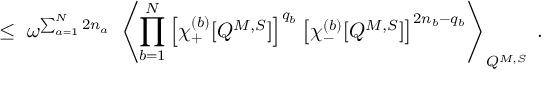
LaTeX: \leq \; \omega ^ { \sum _ { a = 1 } ^ { N } 2 n _ { a } } \; \left\langle \prod _ { b = 1 } ^ { N } \left[ \chi _ { + } ^ { ( b ) } [ Q ^ { M , S } ] \right] ^ { q _ { b } } \left[ \chi _ { - } ^ { ( b ) } [ Q ^ { M , S } ] \right] ^ { 2 n _ { b } - q _ { b } } \right\rangle _ { Q ^ { M , S } } \; .